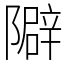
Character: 隦